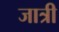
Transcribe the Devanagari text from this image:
जात्री